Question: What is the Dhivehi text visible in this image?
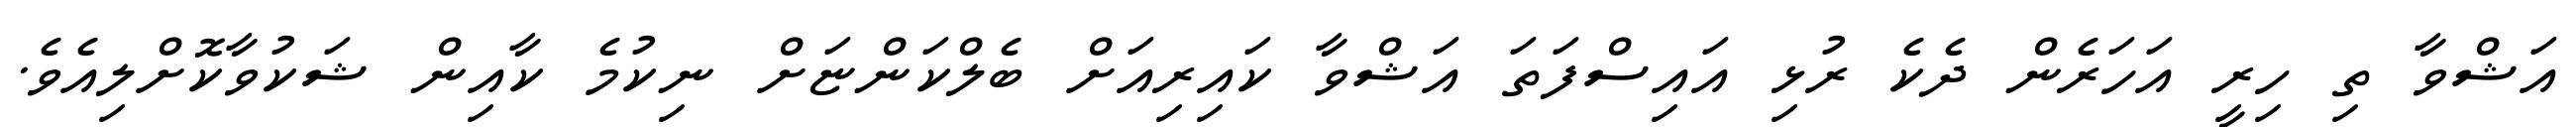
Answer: އަޝްވާ ތި ހިރީ އަހަރެން ދެކެ ރުޅި އައިސްފަތަ އަޝްވާ ކައިރިއަށް ބެލްކަންޏަށް ނިކުމެ ކާއިން ޝަކުވާކޮށްލިއެވެ.